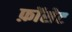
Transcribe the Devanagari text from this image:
फ़ॉसेट